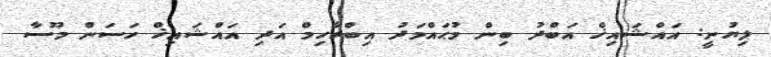
ލިޔުނީ: އައްޝައިޚް އަބްދު ބިން މުޙައްމަދު އިބްރާހިމް އަދި އައްޝައިޚް ހަސަން މޫސާ